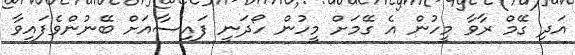
އަދި ގޭމް ރާވާ މީހުން އެ ގޭމަށް މީހުން ހޯދަނީ ފައިސާއަށް ބޭނުންވެފައިވާ